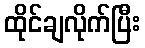
ထိုင်ချလိုက်ပြီး